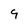
Character: 9